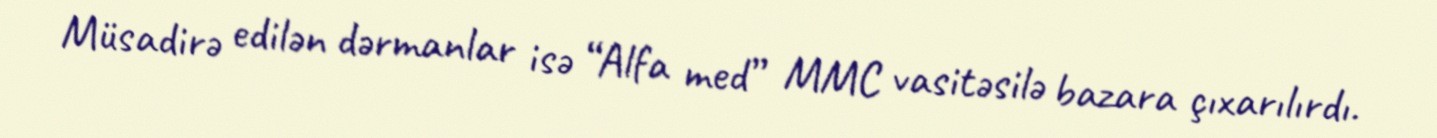
Müsadirə edilən dərmanlar isə “Alfa med” MMC vasitəsilə bazara çıxarılırdı.